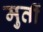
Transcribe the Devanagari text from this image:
मुतीं